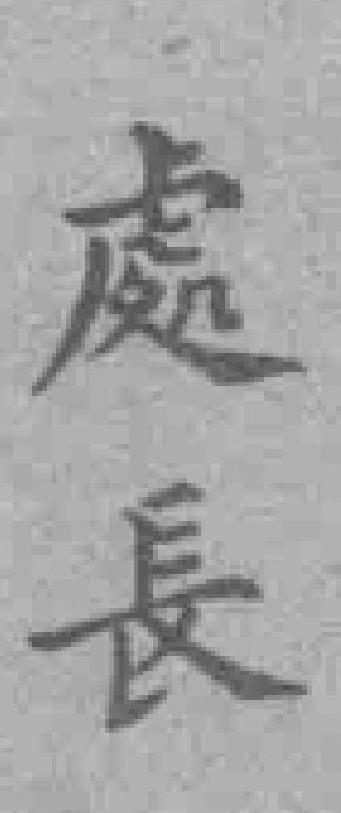
處長